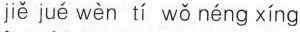
je jue wen ti wo neng xing